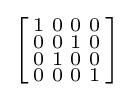
\left[{\begin{smallmatrix}1&0&0&0\\0&0&1&0\\0&1&0&0\\0&0&0&1\\\end{smallmatrix}}\right]